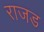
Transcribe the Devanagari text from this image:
राजड